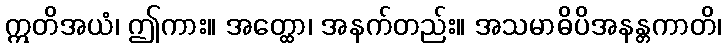
ဣတိအယံ၊ ဤကား။ အတ္ထော၊ အနက်တည်း။ အသမာဓိပိအနန္တကာတိ၊